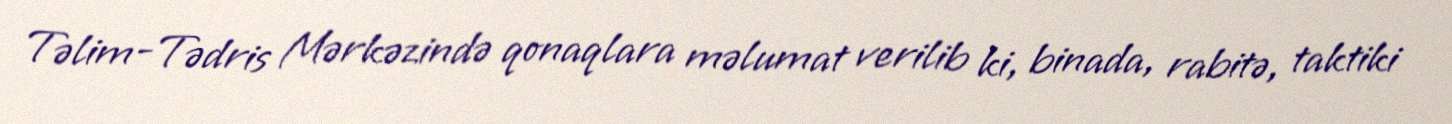
Təlim-Tədris Mərkəzində qonaqlara məlumat verilib ki, binada, rabitə, taktiki